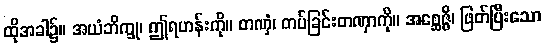
ထိုအခါ၌။ အယံဘိက္ခု၊ ဤရဟန်းကို။ တဏှံ၊ တပ်ခြင်းတဏှာကို။ အစ္ဆေဇ္ဇိ၊ ဖြတ်ပြီးသော